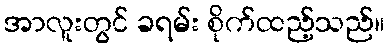
အာလူးတွင် ခရမ်း စိုက်ထည့်သည်။